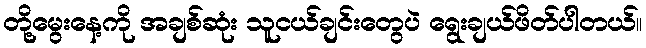
တို့မွေးနေ့ကို အချစ်ဆုံး သူငယ်ချင်းတွေပဲ ရွေးချယ်ဖိတ်ပါတယ်။